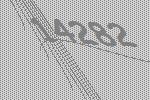
14282